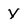
Character: Y